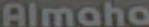
Almaha